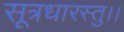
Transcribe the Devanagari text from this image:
सूत्रधारस्तु।।